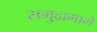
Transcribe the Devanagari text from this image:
समुद्रामागे